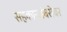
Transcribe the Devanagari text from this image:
सहकाऱ्यांबरोबर